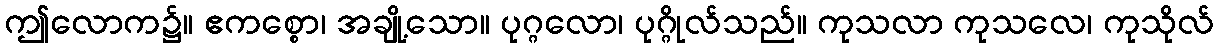
ဤလောက၌။ ဧကစ္စော၊ အချို့သော။ ပုဂ္ဂလော၊ ပုဂ္ဂိုလ်သည်။ ကုသလာ ကုသလေ၊ ကုသိုလ်